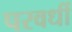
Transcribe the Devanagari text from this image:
परवर्धी